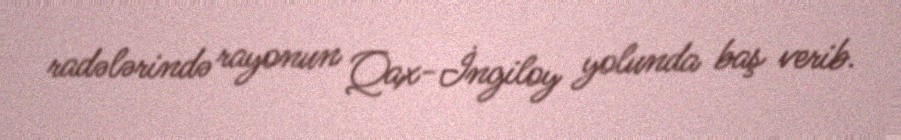
radələrində rayonun Qax-İngiloy yolunda baş verib.